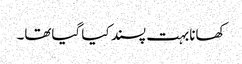
کھانابہت پسند کیا گیاتھا۔